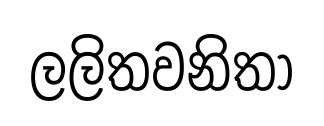
ලලිතවනිතා